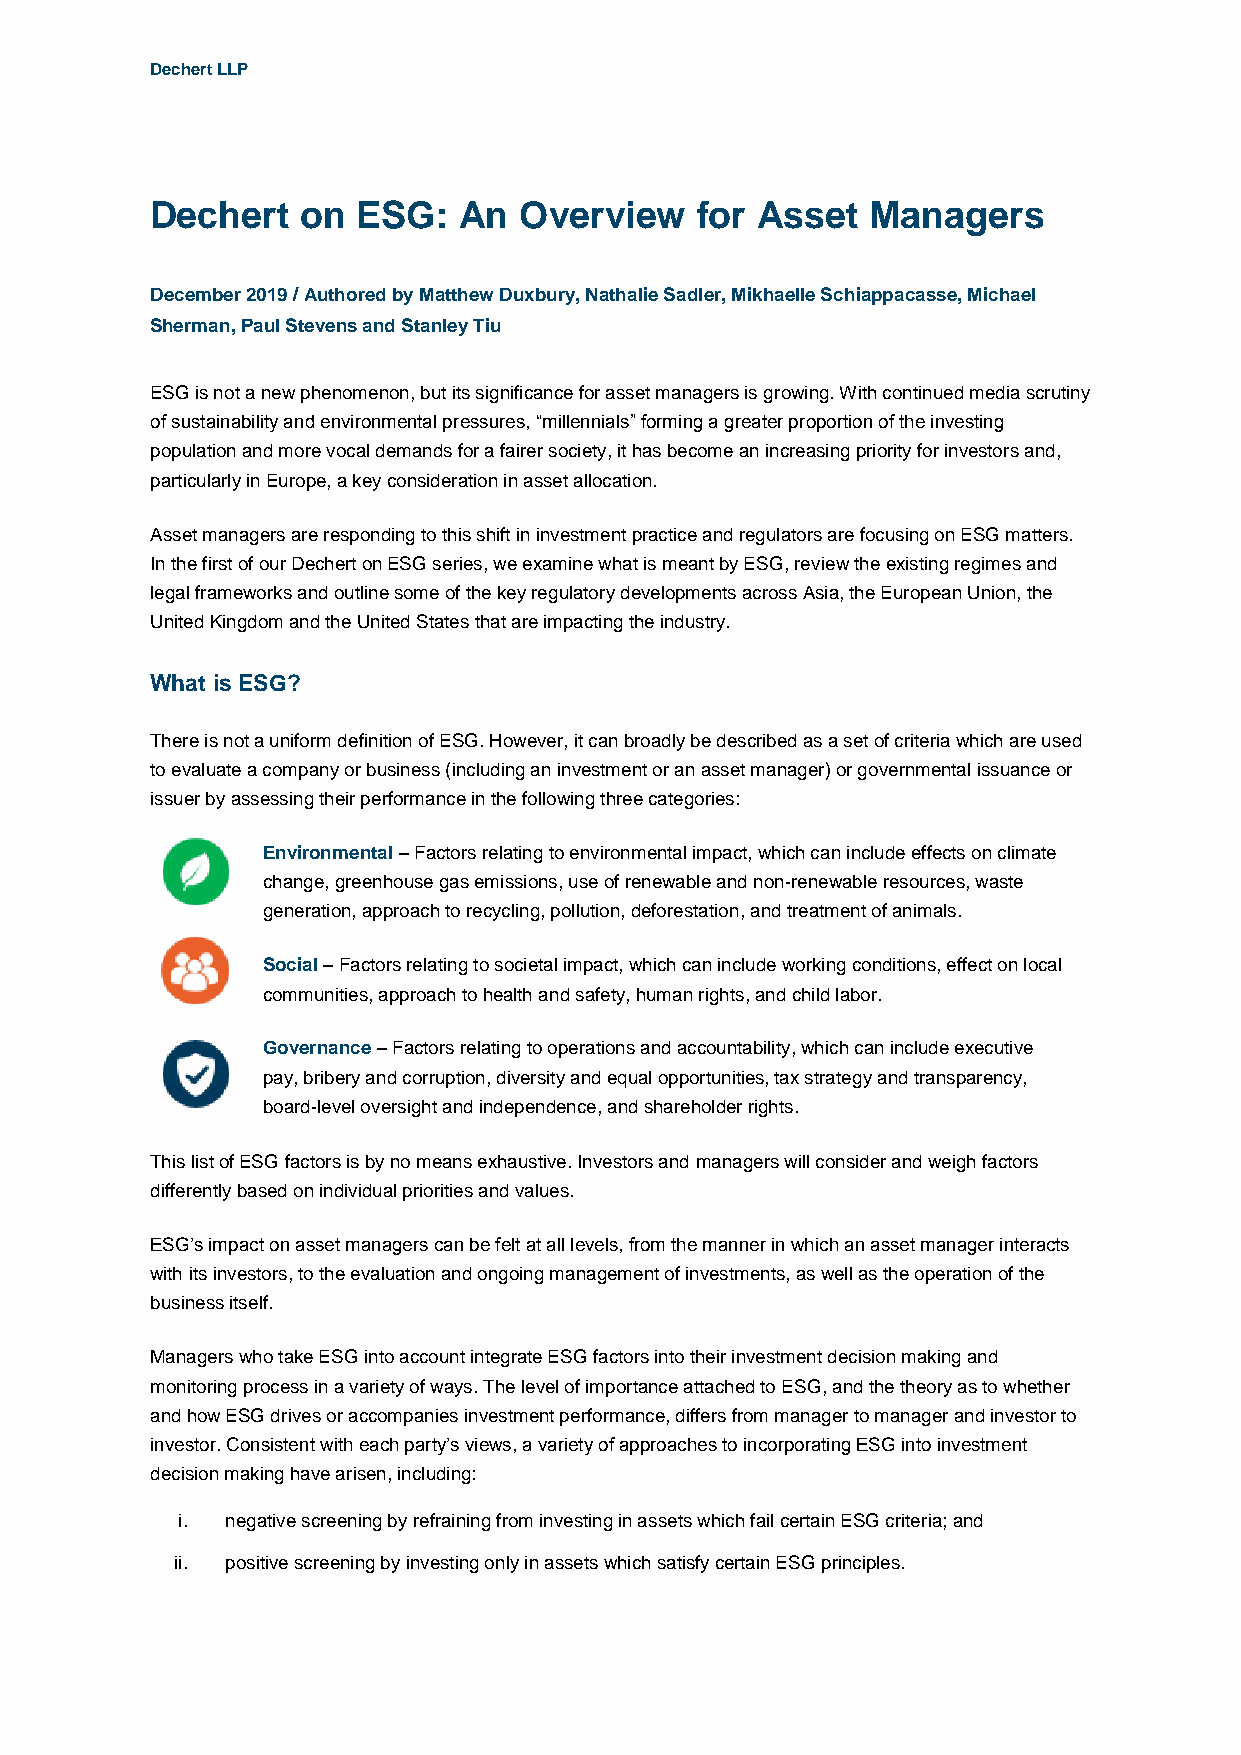
Dechert LLP
 Dechert   on  ESG:  An  Overview    for Asset   Managers
 December 2019 / Authored by Matthew Duxbury, Nathalie Sadler, Mikhaelle Schiappacasse, Michael
 Sherman, Paul Stevens and Stanley Tiu
 ESG is not a new phenomenon, but its significance for asset managers is growing. With continued media scrutiny
 of sustainability and environmental pressures, “millennials” forming a greater proportion of the investing
 population and more vocal demands for a fairer society, it has become an increasing priority for investors and,
 particularly in Europe, a key consideration in asset allocation.
 Asset managers are responding to this shift in investment practice and regulators are focusing on ESG matters.
 In the first of our Dechert on ESG series, we examine what is meant by ESG, review the existing regimes and
 legal frameworks and outline some of the key regulatory developments across Asia, the European Union, the
 United Kingdom and the United States that are impacting the industry.
 What is ESG?
 There is not a uniform definition of ESG. However, it can broadly be described as a set of criteria which are used
 to evaluate a company or business (including an investment or an asset manager) or governmental issuance or
 issuer by assessing their performance in the following three categories:
 Environmental – Factors relating to environmental impact, which can include effects on climate
 change, greenhouse gas emissions, use of renewable and non-renewable resources, waste
 generation, approach to recycling, pollution, deforestation, and treatment of animals.
 Social – Factors relating to societal impact, which can include working conditions, effect on local
 communities, approach to health and safety, human rights, and child labor.
 Governance – Factors relating to operations and accountability, which can include executive
 pay, bribery and corruption, diversity and equal opportunities, tax strategy and transparency,
 board-level oversight and independence, and shareholder rights.
 This list of ESG factors is by no means exhaustive. Investors and managers will consider and weigh factors
 differently based on individual priorities and values.
 ESG’s impact on asset managers can be felt at all levels, from the manner in which an asset manager interacts
 with its investors, to the evaluation and ongoing management of investments, as well as the operation of the
 business itself.
 Managers who take ESG into account integrate ESG factors into their investment decision making and
 monitoring process in a variety of ways. The level of importance attached to ESG, and the theory as to whether
 and how ESG drives or accompanies investment performance, differs from manager to manager and investor to
 investor. Consistent with each party’s views, a variety of approaches to incorporating ESG into investment
 decision making have arisen, including:
 i. negative screening by refraining from investing in assets which fail certain ESG criteria; and
 ii. positive screening by investing only in assets which satisfy certain ESG principles.